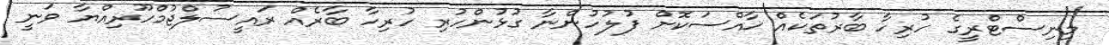
މިނިސްޓްރީގެ ހުރިހާ ބާރުތަކެއް ޚާއްސަކޮށް ފުލުހުންނާ ގުޅުންހުރި ހުރިހާ ބާރެއް ރައީސުލްޖުމްހޫރިއްޔާ ވަނީ